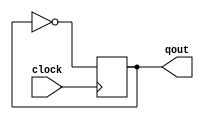
module toggle (input clock, output qout);

// I'm not sure if these compiler directives have to be here,
// but they don't hurt anything so better leave them.

//(* preserve *) reg q;
reg q /* synthesis preserve */;
always @ (posedge clock)
    q <= ~q;

assign qout = q;
endmodule